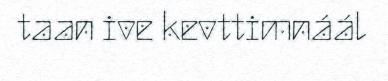
taan ive kevttimnáál